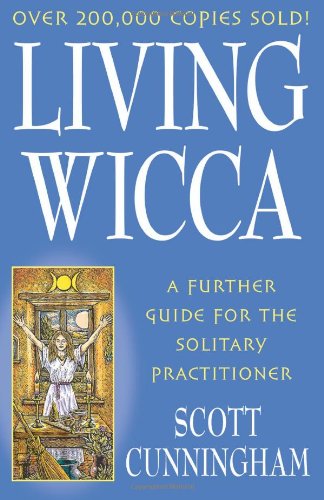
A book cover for Living Wicca: A Further Guide for the Solitary Practitioner (Llewellyn's Practical Magick Series); Scott Cunningham; Religion & Spirituality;